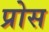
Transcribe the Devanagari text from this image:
प्रोस